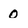
Character: 0